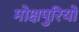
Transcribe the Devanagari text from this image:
मोक्षपुरियों